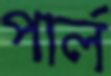
পার্ল